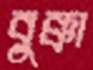
বুক্কা